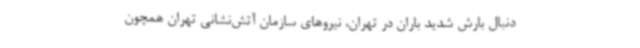
دنبال بارش شدید باران در تهران، نیروهای سازمان آتش‌نشانی تهران همچون